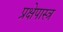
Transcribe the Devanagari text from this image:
प्रक्षेपास्‍त्र